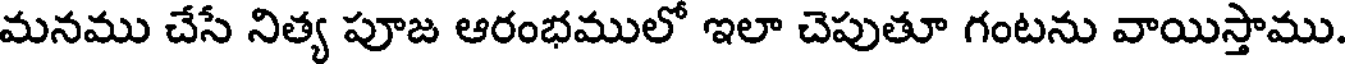
మనము చేసే నిత్య పూజ ఆరంభములో ఇలా చెపుతూ గంటను వాయిస్తాము.